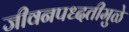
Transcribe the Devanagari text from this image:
जीवनपध्दतीमुळे